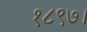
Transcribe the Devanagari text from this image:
१८९७।